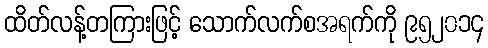
ထိတ်လန့်တကြားဖြင့် သောက်လက်စအရက်ကို ၉၅၂၀၁၄